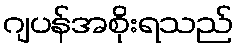
ဂျပန်အစိုးရသည်